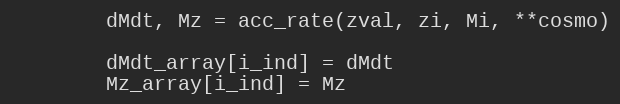
Language: Python
        dMdt, Mz = acc_rate(zval, zi, Mi, **cosmo)

        dMdt_array[i_ind] = dMdt
        Mz_array[i_ind] = Mz